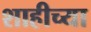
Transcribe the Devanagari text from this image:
शाहीच्या